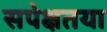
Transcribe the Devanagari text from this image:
सपेक्षतया